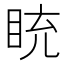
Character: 𥅻